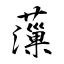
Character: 薻